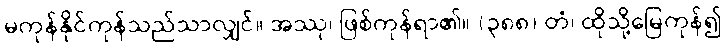
မကုန်နိုင်ကုန်သည်သာလျှင်။ အဿု၊ ဖြစ်ကုန်ရာ၏။ (၃၈၈) တံ၊ ထိုသို့မြေကုန်၍